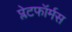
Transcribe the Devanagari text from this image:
प्लेटफॉर्मस